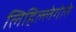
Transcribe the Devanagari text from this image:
लिहिल्लेगेले